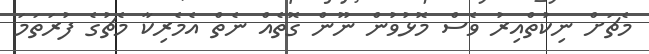
މެޗަށް ނިކުތްއިރު ވެސް މޮޅުވުން ނޫން ގޮތެއް ނެތް އެމެރިކާ މެޗުގެ ފުރަތަމަ